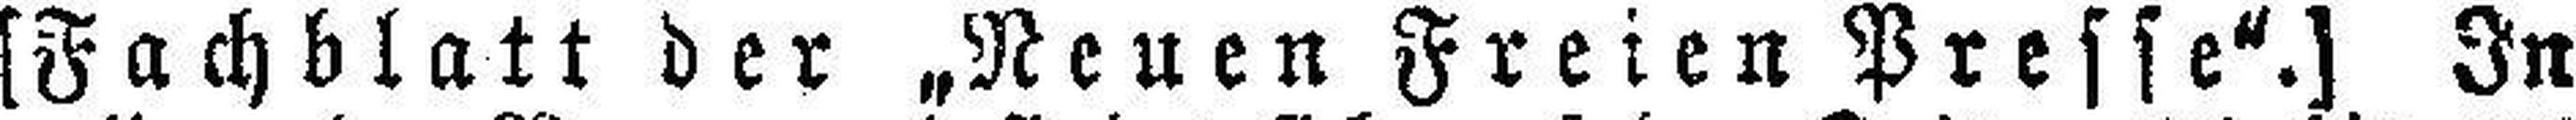
[Fachblatt der „Neuen Freien Presse“.] In